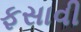
ફસાવી